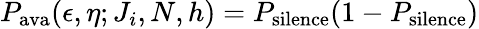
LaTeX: P_{\textrm{ava}}(\epsilon,\eta;J_{i},N,h)=P_{\textrm{silence}}(1-P_{\textrm{silence}})